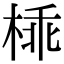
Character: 𣔪